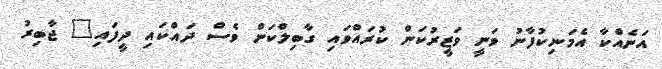
އަނެއްކާ އެމަނިކުފާނު ވަނީ ވަޒީރުކަން ކުރައްވައި ގާބިލްކަން ވެސް ދައްކައި ދީފައި" ޖާބިރު